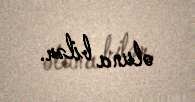
oluna bilər.